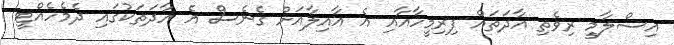
އިސްލާމީ ރިވެތި އާދަތައް ފިރިމީހާއާއި އެ އާއިލާއަށް ގެނެސް އެ އާދަތަކުގައި ދެމެހެއްޓީ